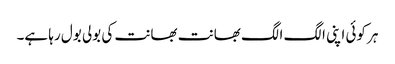
ہر کوئی اپنی الگ الگ بھانت بھانت کی بولی بول رہا ہے۔